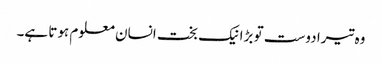
وہ تیرا دوست تو بڑا نیک بخت انسان معلوم ہوتا ہے۔